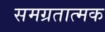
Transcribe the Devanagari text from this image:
समग्रतात्मक